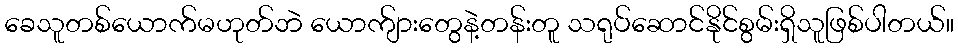
ခေသူတစ်ယောက်မဟုတ်ဘဲ ယောက်ျားတွေနဲ့တန်းတူ သရုပ်ဆောင်နိုင်စွမ်းရှိသူဖြစ်ပါတယ်။